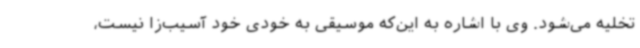
تخلیه می‌شود. وی با اشاره به این‌که موسیقی به خودی خود آسیب‌زا نیست،